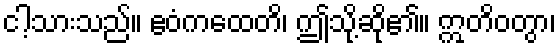
ငါ့သားသည်။ ဧဝံကထေတိ၊ ဤသို့ဆို၏။ ဣတိဝတွာ၊